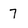
Character: 7